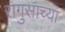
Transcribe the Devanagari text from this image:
रागुसाच्या